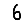
Digit: 6